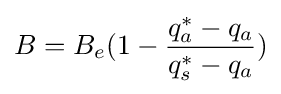
B=B_{e}(1-{\frac {q_{a}^{*}-q_{a}}{q_{s}^{*}-q_{a}}})